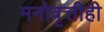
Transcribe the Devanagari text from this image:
मनोवृत्तीही